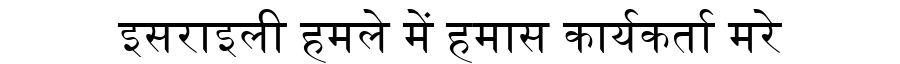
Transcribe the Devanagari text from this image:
इसराइली हमले में हमास कार्यकर्ता मरे